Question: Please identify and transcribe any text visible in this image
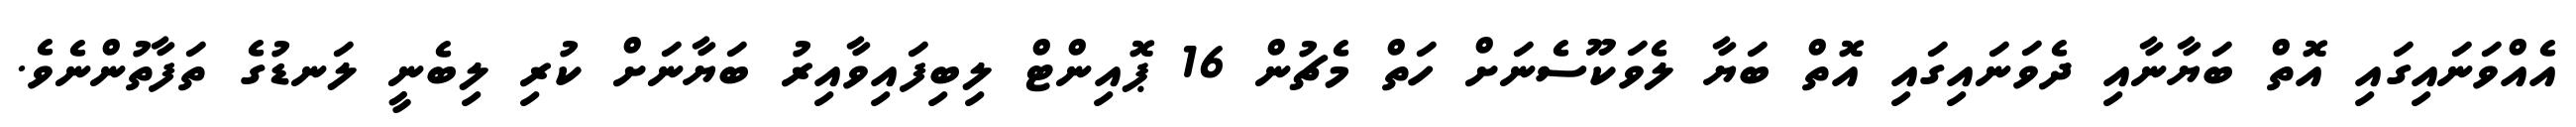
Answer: އެއްވަނައިގައި އޮތް ބަޔާނާއި ދެވަނައިގައި އޮތް ބަޔާ ލެވަކޫސެނަށް ހަތް މެޗުން 16 ޕޮއިންޓް ލިބިފައިވާއިރު ބަޔާނަށް ކުރި ލިބެނީ ލަނޑުގެ ތަފާތުންނެވެ.